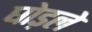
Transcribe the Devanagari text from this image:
घोड़ले